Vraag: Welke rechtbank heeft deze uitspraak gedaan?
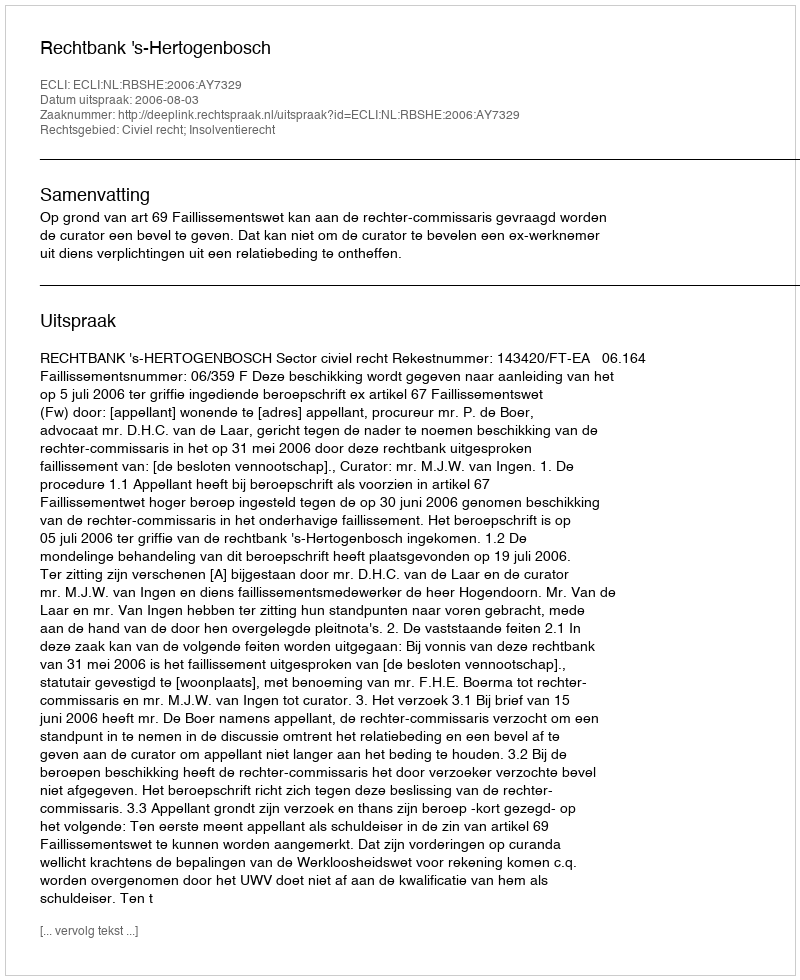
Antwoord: Rechtbank 's-Hertogenbosch